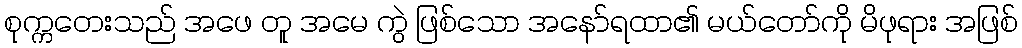
စုက္ကတေးသည် အဖေ တူ အမေ ကွဲ ဖြစ်သော အနော်ရထာ၏ မယ်တော်ကို မိဖုရား အဖြစ်